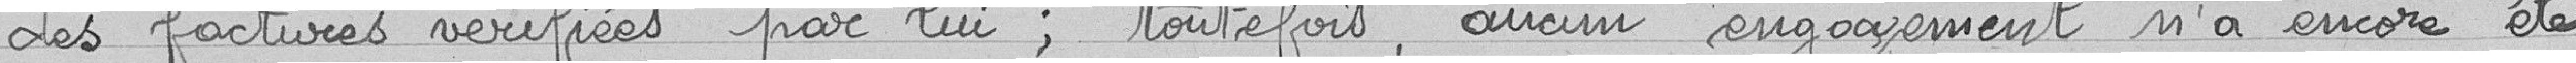
des factures vérifiées par lui ; toutefois, aucun engagement n'a encore été